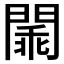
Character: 𨵞